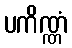
ပကိဏ္ဏံ